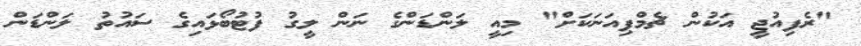
"ރެފިއުޖީ އަކުން ޗެމްޕިއަނަކަށް" މިއީ ލަންޑަންގެ ނަން ލީގު ފުޓުބޯޅައިގެ ސައުތު ލަންޑަން